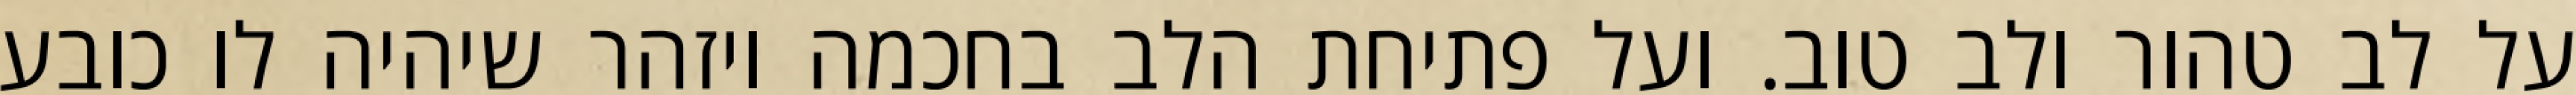
על לב טהור ולב טוב. ועל פתיחת הלב בחכמה ויזהר שיהיה לו כובע